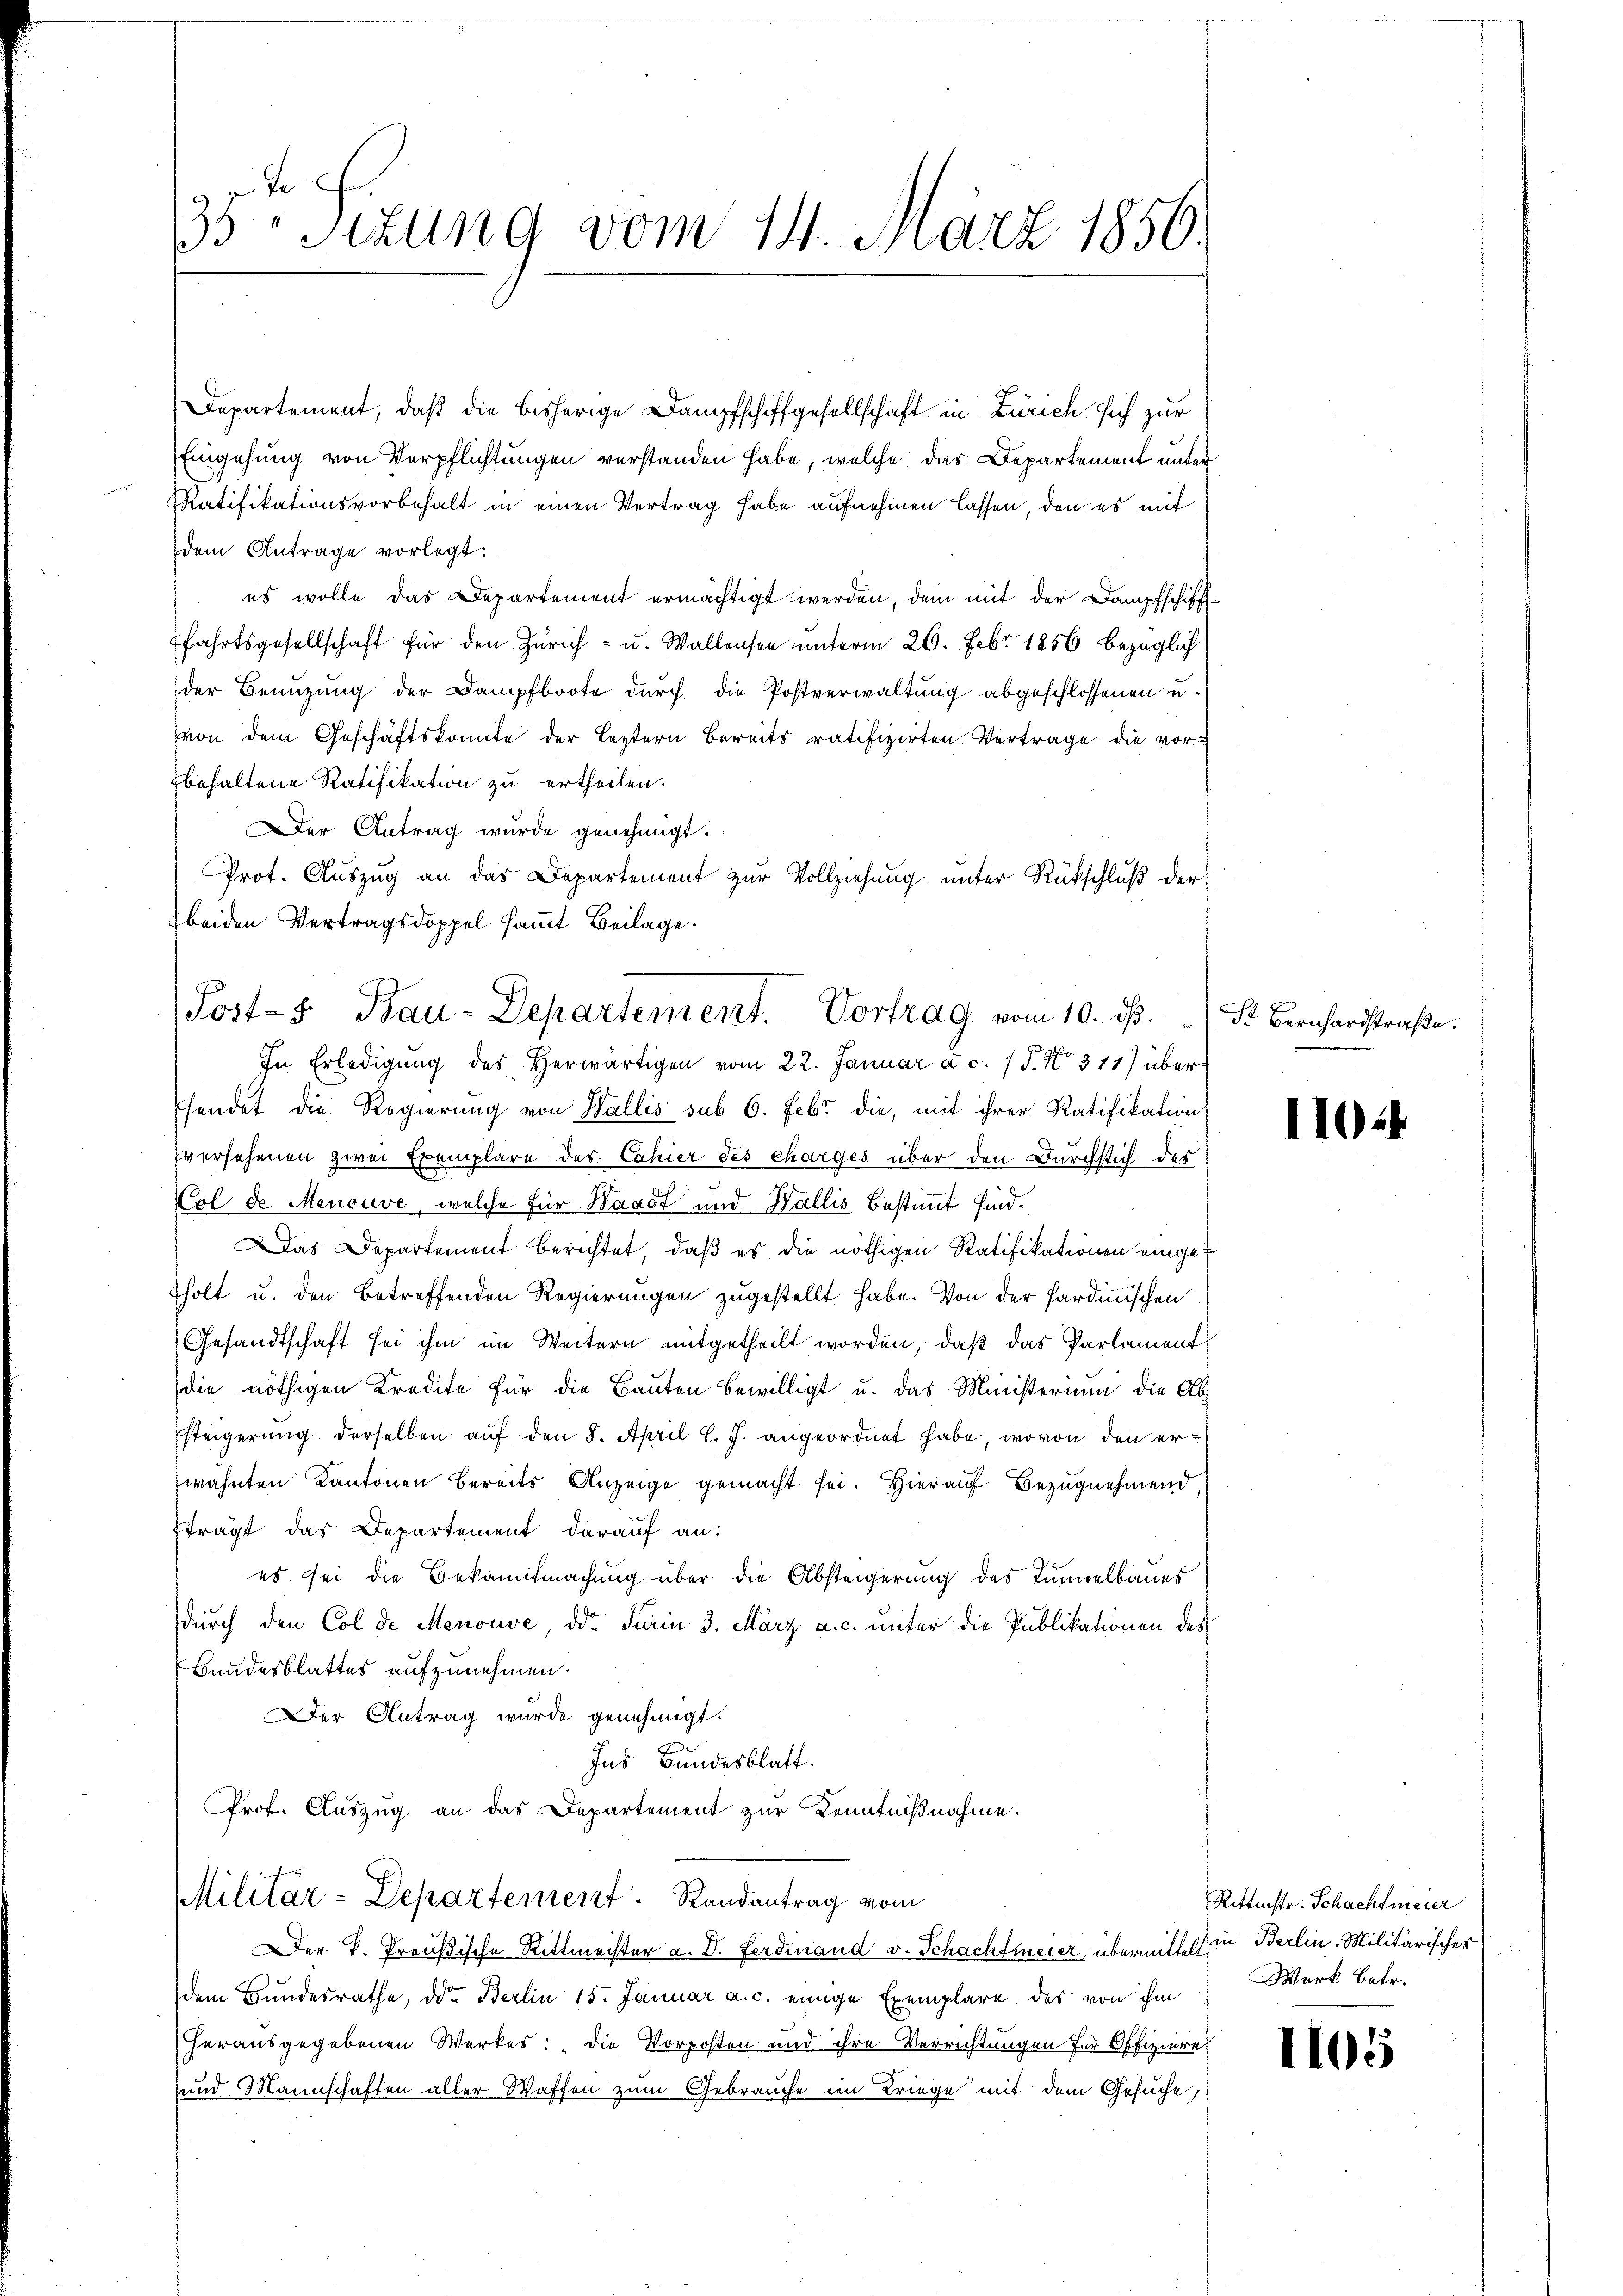
x
35 Sizung vom 14. März 1850.

Departement, daß die bisherige Dampfschiffgesellschaft in Zürich sich zur
Eingehung von Verpflichtungen verstanden habe, welche das Departement unter
RRatifikationsvorbehalt in einen Vertrag habe aufnehmen lassen, den es mit
dem Antrage vorlegt:
es wolle das Departement ermächtigt werden, dem mit der Dampfschiff-
fahrtsgesellschaft für den Zürich- u. Wallensen unterm 26. Febr. 1856 bezüglich
der Benuzung der Dampfboote durch die Postverwaltung abgeschlossenen u.
von dem Geschäftskomite der Leztern bereits ratifizirten Vertrage die vorbehaltene Ratifikation zu ertheilen.
Der Antrag wurde genehmigt.
Prot. Auszug an das Departement zur Vollziehung unter Rückschluß der
beiden Vertragsdoppel sammt Beilage.
sendet die Regierung von Wallis sub 6. Febr. die, mit ihrer Ratifikation
versehenen zwei Exemplare des Cahier des charges über den Durchstich des
Vol de Menouve, welche für Waadt und Wallis bestimmt sind.
Das Departement berichtet, daß es die nöthigen Ratifikationen einge¬
Tholt u. den betreffenden Regierungen zugestellt habe. Von der Sardinischen
Gesandtschaft sei ihm im Weitern mitgetheilt worden, daß das Parlament
die nöthigen Kredite für die Bauten bewilligt u. das Ministerium die Ab-
Esteigerŭng derselben aŭf den 8. April l. J. angeordnet habe, wovon den erwähnten Kantonen bereits Anzeige gemacht sei. Hierauf Bezugnehmend,
fträgt das Departement darauf an:
es sei die Bekanntmachung über die Absteigerung des Tunnelbaues
durch den Col de Menouve, der Farin 3. März a. c. unter die Publikationen des
Bundesblattes aufzunehmen.
Der Antrag wurde genehmigt.
Ins Bundesblatt.
Prof. Auszug an das Departement zur Kenntnißnahme.
Militär-Departement. Randantrag vom
Der K. Preußische Rittmeister a. D. Ferdinand v. Schachtmeier übermitte in Berlin-Militärisches
dem Bundesrathe, der Berlin 15. Januar a. c. einige Exemplare. Das von ihm
herausgegebenen Werkes: „Die Vorposten und ihre Verrichtungen für Offiziere
und Mannschaften aller Waffen zum Gebrauche im Kriege mit dem Gesuche,

Post- Bau-Departement. Vortrag vom 10. ds. S. Bernhardstraße.
In Erledigung des Herwärtigen vom 22. Januar a. c. 15. No 311) über¬

1102

Rittenstr. Schachtmeier
Mark betr.

1105